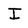
Character: I